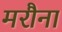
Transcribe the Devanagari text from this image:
मरौना